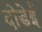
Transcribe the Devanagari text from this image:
दोडेई